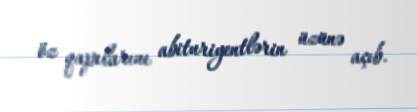
öz qapılarını abituriyentlərin üzünə açıb.